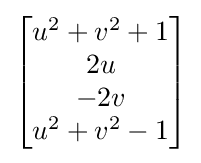
{\begin{bmatrix}u^{2}+v^{2}+1\\2u\\-2v\\u^{2}+v^{2}-1\end{bmatrix}}